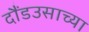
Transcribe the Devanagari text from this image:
दौंडउसाच्या